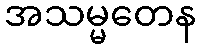
အသမ္မတေန